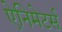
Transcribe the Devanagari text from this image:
ऐनिमेटर्स